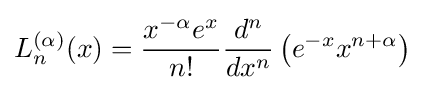
L_{n}^{(\alpha )}(x)={x^{-\alpha }e^{x} \over n!}{d^{n} \over dx^{n}}\left(e^{-x}x^{n+\alpha }\right)